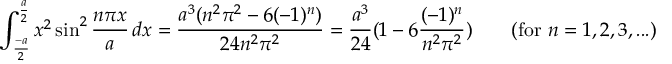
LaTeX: \int _ { \frac { - a } { 2 } } ^ { \frac { a } { 2 } } x ^ { 2 } \sin ^ { 2 } { \frac { n \pi x } { a } } \, d x = { \frac { a ^ { 3 } ( n ^ { 2 } \pi ^ { 2 } - 6 ( - 1 ) ^ { n } ) } { 2 4 n ^ { 2 } \pi ^ { 2 } } } = { \frac { a ^ { 3 } } { 2 4 } } ( 1 - 6 { \frac { ( - 1 ) ^ { n } } { n ^ { 2 } \pi ^ { 2 } } } ) \qquad { \mathrm { ( f o r ~ } } n = 1 , 2 , 3 , . . . { \mathrm { ) } }